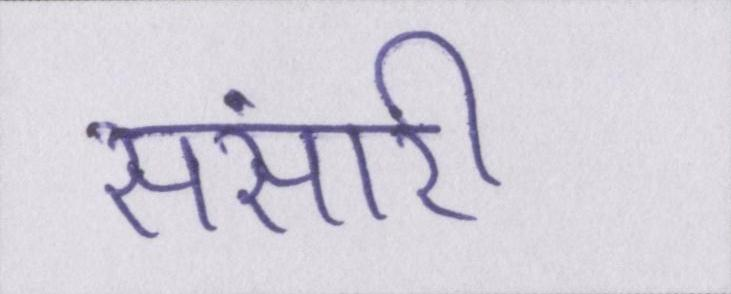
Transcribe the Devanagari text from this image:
संसारी